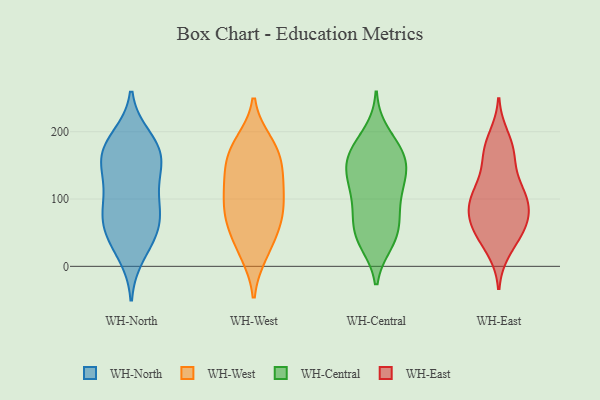
{"axis": {"x": "Gross Profit (USD K)", "y": "Value"}, "legend": ["WH-Central", "WH-East", "WH-North", "WH-West"], "data": [{"x": "", "y": 80, "type": "WH-North"}, {"x": "", "y": 76, "type": "WH-North"}, {"x": "", "y": 37, "type": "WH-North"}, {"x": "", "y": 119, "type": "WH-North"}, {"x": "", "y": 180, "type": "WH-North"}, {"x": "", "y": 149, "type": "WH-North"}, {"x": "", "y": 106, "type": "WH-North"}, {"x": "", "y": 56, "type": "WH-North"}, {"x": "", "y": 165, "type": "WH-North"}, {"x": "", "y": 175, "type": "WH-North"}, {"x": "", "y": 51, "type": "WH-North"}, {"x": "", "y": 18, "type": "WH-North"}, {"x": "", "y": 78, "type": "WH-North"}, {"x": "", "y": 191, "type": "WH-North"}, {"x": "", "y": 167, "type": "WH-North"}, {"x": "", "y": 141, "type": "WH-North"}, {"x": "", "y": 66, "type": "WH-West"}, {"x": "", "y": 175, "type": "WH-West"}, {"x": "", "y": 175, "type": "WH-West"}, {"x": "", "y": 147, "type": "WH-West"}, {"x": "", "y": 59, "type": "WH-West"}, {"x": "", "y": 157, "type": "WH-West"}, {"x": "", "y": 20, "type": "WH-West"}, {"x": "", "y": 80, "type": "WH-West"}, {"x": "", "y": 108, "type": "WH-West"}, {"x": "", "y": 128, "type": "WH-West"}, {"x": "", "y": 24, "type": "WH-West"}, {"x": "", "y": 183, "type": "WH-West"}, {"x": "", "y": 67, "type": "WH-West"}, {"x": "", "y": 99, "type": "WH-West"}, {"x": "", "y": 119, "type": "WH-West"}, {"x": "", "y": 168, "type": "WH-Central"}, {"x": "", "y": 144, "type": "WH-Central"}, {"x": "", "y": 165, "type": "WH-Central"}, {"x": "", "y": 161, "type": "WH-Central"}, {"x": "", "y": 71, "type": "WH-Central"}, {"x": "", "y": 71, "type": "WH-Central"}, {"x": "", "y": 180, "type": "WH-Central"}, {"x": "", "y": 135, "type": "WH-Central"}, {"x": "", "y": 163, "type": "WH-Central"}, {"x": "", "y": 97, "type": "WH-Central"}, {"x": "", "y": 127, "type": "WH-Central"}, {"x": "", "y": 35, "type": "WH-Central"}, {"x": "", "y": 128, "type": "WH-Central"}, {"x": "", "y": 48, "type": "WH-Central"}, {"x": "", "y": 39, "type": "WH-Central"}, {"x": "", "y": 86, "type": "WH-Central"}, {"x": "", "y": 118, "type": "WH-Central"}, {"x": "", "y": 198, "type": "WH-Central"}, {"x": "", "y": 41, "type": "WH-Central"}, {"x": "", "y": 167, "type": "WH-East"}, {"x": "", "y": 24, "type": "WH-East"}, {"x": "", "y": 89, "type": "WH-East"}, {"x": "", "y": 166, "type": "WH-East"}, {"x": "", "y": 58, "type": "WH-East"}, {"x": "", "y": 63, "type": "WH-East"}, {"x": "", "y": 47, "type": "WH-East"}, {"x": "", "y": 108, "type": "WH-East"}, {"x": "", "y": 116, "type": "WH-East"}, {"x": "", "y": 117, "type": "WH-East"}, {"x": "", "y": 32, "type": "WH-East"}, {"x": "", "y": 181, "type": "WH-East"}, {"x": "", "y": 98, "type": "WH-East"}, {"x": "", "y": 68, "type": "WH-East"}, {"x": "", "y": 65, "type": "WH-East"}, {"x": "", "y": 154, "type": "WH-East"}, {"x": "", "y": 103, "type": "WH-East"}, {"x": "", "y": 71, "type": "WH-East"}, {"x": "", "y": 97, "type": "WH-East"}, {"x": "", "y": 192, "type": "WH-East"}]}